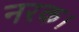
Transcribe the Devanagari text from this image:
नरक।